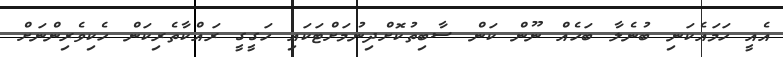
އެއީ ހަމައެކަނި ބުނެލާ ބަހެއް ނޫން ކަން ސާބިތުކޮށްދިނުމަށްޓަކައި ހަގީގީ ރައްކާތެރިކަން ހެކިވެރިންނަށް